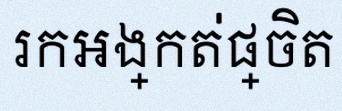
រកអង្កត់ផ្ចិត